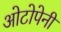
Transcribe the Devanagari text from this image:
ओटोपेनी